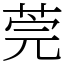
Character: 莞